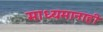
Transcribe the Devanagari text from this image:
माध्यमानाही